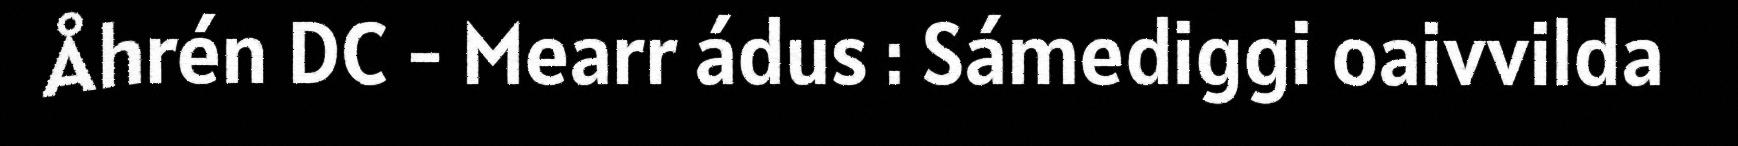
Åhrén DC - Mearr ádus : Sámediggi oaivvilda